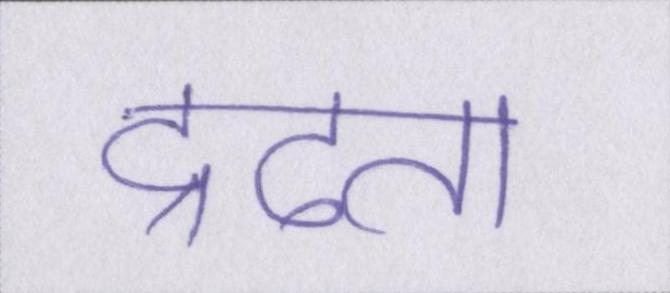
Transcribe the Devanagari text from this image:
द्रढता